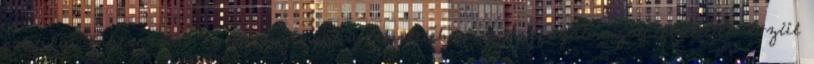
politikai önbesorolás és pártszimpátia tekintetében: a megfogalmazott feltételek közül